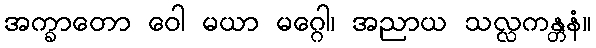
အက္ခာတော ဝေါ မယာ မဂ္ဂေါ၊ အညာယ သလ္လကန္တနံ။